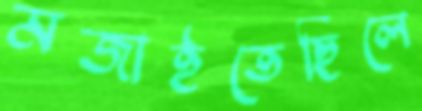
মজাইতেছিলে